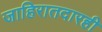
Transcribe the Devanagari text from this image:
जाहिरातदारही